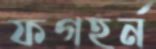
ফগহর্ন